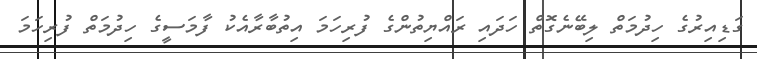
ގަޑިއިރުގެ ހިދުމަތް ލިބޭނެގޮތް ހަދައި ރައްޔިތުންގެ ފުރިހަމަ އިތުބާރާއެކު ފާމަސީގެ ހިދުމަތް ފުރިހަމަ